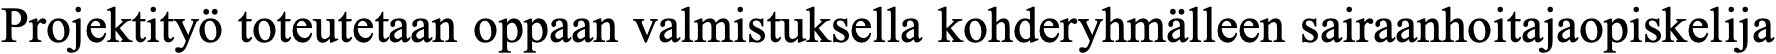
Projektityö toteutetaan oppaan valmistuksella kohderyhmälleen sairaanhoitajaopiskelija